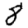
Digit: 8